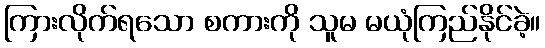
ကြားလိုက်ရသော စကားကို သူမ မယုံကြည်နိုင်ခဲ့။